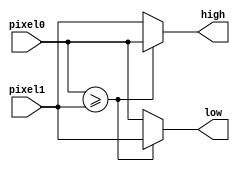
module comparator(
	input [DATA_WIDTH - 1:0] pixel0,
	input [DATA_WIDTH - 1:0] pixel1, 
	output [DATA_WIDTH - 1:0] high, 
	output [DATA_WIDTH - 1:0] low
);

parameter DATA_WIDTH = 8;

assign high = (pixel0 >= pixel1) ? pixel0 : pixel1;
assign low = (pixel0 >= pixel1) ? pixel1 : pixel0;

endmodule